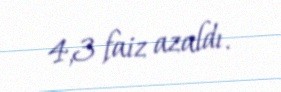
4,3 faiz azaldı.